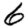
Digit: 6